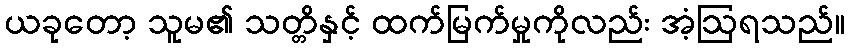
ယခုတော့ သူမ၏ သတ္တိနှင့် ထက်မြက်မှုကိုလည်း အံ့ဩရသည်။